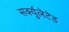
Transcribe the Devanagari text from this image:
सर्क्युलेटेड